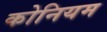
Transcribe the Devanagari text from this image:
कोनियम